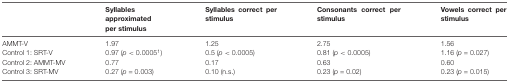
<table><thead><tr><td>[EMPTY_CELL]</td><td><b>Syllables approximated per stimulus</b></td><td><b>Syllables correct per stimulus</b></td><td><b>Consonants correct per stimulus</b></td><td><b>Vowels correct per stimulus</b></td></tr></thead><tbody><tr><td>AMMT-V</td><td>1.97</td><td>1.25</td><td>2.75</td><td>1.56</td></tr><tr><td>Control 1: SRT-V</td><td>0.97 (<i>p</i> &lt; 0.0005<sup>1</sup>)</td><td>0.5 (<i>p</i> &lt; 0.0005)</td><td>0.81 (<i>p</i> &lt; 0.0005)</td><td>1.16 (<i>p</i> = 0.027)</td></tr><tr><td>Control 2: AMMT-MV</td><td>0.77</td><td>0.17</td><td>0.63</td><td>0.60</td></tr><tr><td>Control 3: SRT-MV</td><td>0.27 (<i>p</i> = 0.003)</td><td>0.10 (n.s.)</td><td>0.23 (<i>p</i> = 0.02)</td><td>0.23 (<i>p</i> = 0.015)</td></tr></tbody></table>